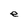
Character: e